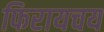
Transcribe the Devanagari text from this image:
फिरायचय